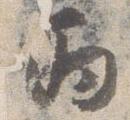
丙